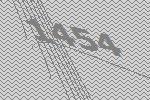
1454